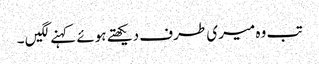
تب وہ میری طرف دیکھتے ہوئے کہنے لگیں ۔